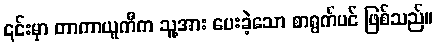
၎င်းမှာ တာကာယူကီက သူ့အား ပေးခဲ့သော စာရွက်ပင် ဖြစ်သည်။